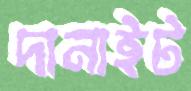
দানাইট